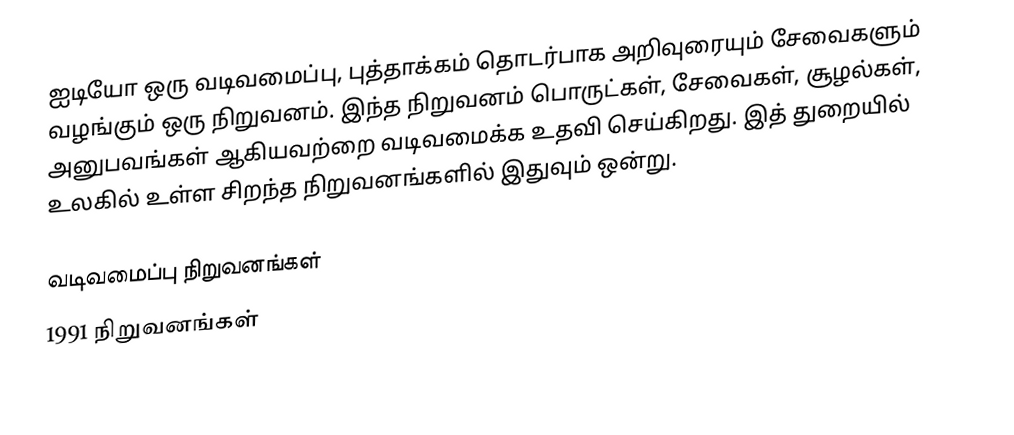
ஐடியோ ஒரு வடிவமைப்பு, புத்தாக்கம் தொடர்பாக அறிவுரையும் சேவைகளும் வழங்கும் ஒரு நிறுவனம். இந்த நிறுவனம் பொருட்கள், சேவைகள், சூழல்கள், அனுபவங்கள் ஆகியவற்றை வடிவமைக்க உதவி செய்கிறது. இத் துறையில் உலகில் உள்ள சிறந்த நிறுவனங்களில் இதுவும் ஒன்று.

வடிவமைப்பு நிறுவனங்கள்
1991 நிறுவனங்கள்